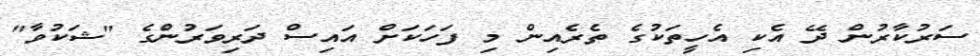
ސަރުކާރުން ދޭ އެކި އެހީތަކުގެ ތެރެއިން މި ފަހަކަށް އައިސް ދަރިވަރުންގެ "ޝަކުވާ"